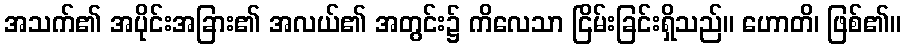
အသက်၏ အပိုင်းအခြား၏ အလယ်၏ အတွင်း၌ ကိလေသာ ငြိမ်းခြင်းရှိသည်။ ဟောတိ၊ ဖြစ်၏။